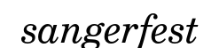
sangerfest